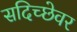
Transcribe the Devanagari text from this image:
सदिच्छेवर